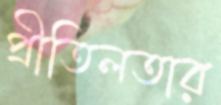
প্রীতিলতার